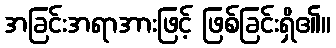
အခြင်းအရာအားဖြင့် ဖြစ်ခြင်းရှိ၏။